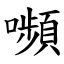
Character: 嚬